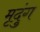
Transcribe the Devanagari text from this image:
मृदुंग